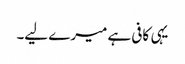
یہی کافی ہے میرے لیے۔